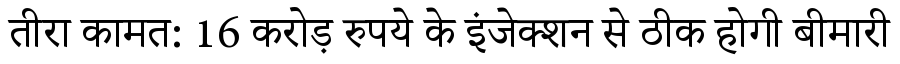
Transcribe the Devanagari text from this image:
तीरा कामत: 16 करोड़ रुपये के इंजेक्शन से ठीक होगी बीमारी